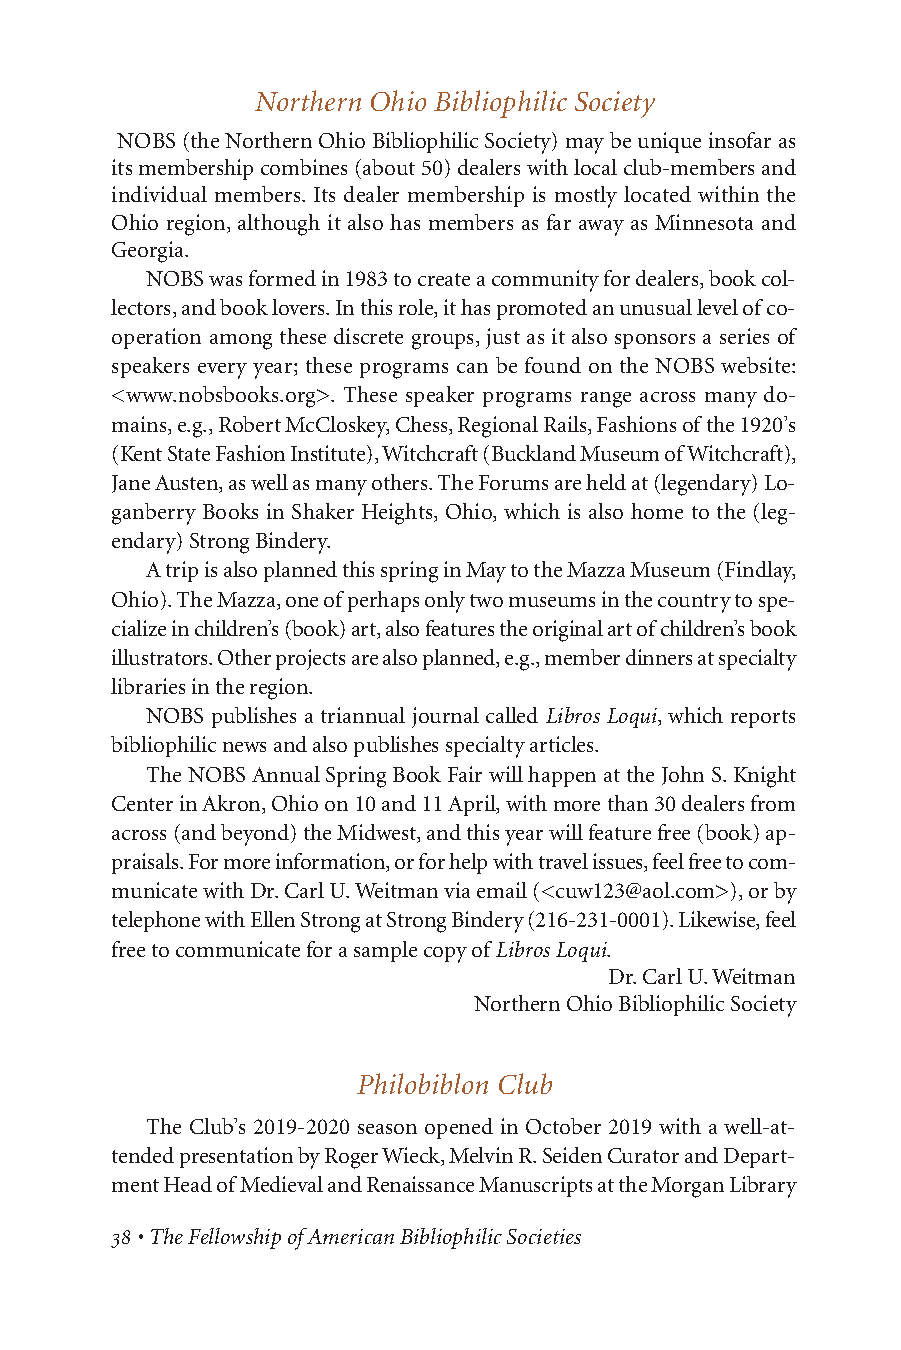
Northern Ohio Bibliophilic Society
 NOBS (the Northern Ohio Bibliophilic Society) may be unique insofar as
 its membership combines (about 50) dealers with local club-members and
 individual members. Its dealer membership is mostly located within the
 Ohio region, although it also has members as far away as Minnesota and
 Georgia.
 NOBS was formed in 1983 to create a community for dealers, book col-
 lectors, and book lovers. In this role, it has promoted an unusual level of co-
 operation among these discrete groups, just as it also sponsors a series of
 speakers every year; these programs can be found on the NOBS website:
 <www.nobsbooks.org>. These speaker programs range across many do-
 mains, e.g., Robert McCloskey, Chess, Regional Rails, Fashions of the 1920’s
 (Kent State Fashion Institute), Witchcraft (Buckland Museum of Witchcraft),
 Jane Austen, as well as many others. The Forums are held at (legendary) Lo-
 ganberry Books in Shaker Heights, Ohio, which is also home to the (leg-
 endary) Strong Bindery.
 A trip is also planned this spring in May to the Mazza Museum (Findlay,
 Ohio). The Mazza, one of perhaps only two museums in the country to spe-
 cialize in children’s (book) art, also features the original art of children’s book
 illustrators. Other projects are also planned, e.g., member dinners at specialty
 libraries in the region.
 NOBS publishes a triannual journal called Libros Loqui, which reports
 bibliophilic news and also publishes specialty articles.
 The NOBS Annual Spring Book Fair will happen at the John S. Knight
 Center in Akron, Ohio on 10 and 11 April, with more than 30 dealers from
 across (and beyond) the Midwest, and this year will feature free (book) ap-
 praisals. For more information, or for help with travel issues, feel free to com-
 municate with Dr. Carl U. Weitman via email (<cuw123@aol.com>), or by
 telephone with Ellen Strong at Strong Bindery (216-231-0001). Likewise, feel
 free to communicate for a sample copy ofLibros Loqui.
 Dr. Carl U. Weitman
 Northern Ohio Bibliophilic Society
 Philobiblon Club
 The Club’s 2019-2020 season opened in October 2019 with a well-at-
 tended presentation by Roger Wieck, Melvin R. Seiden Curator and Depart-
 ment Head of Medieval and Renaissance Manuscripts at the Morgan Library
 • The Fellowship of American Bibliophilic Societies